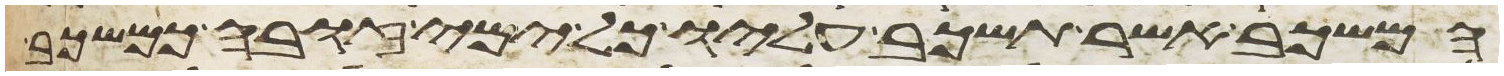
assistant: המשכב אשר תשכב עליו כל ימי זובה כמשכב